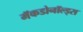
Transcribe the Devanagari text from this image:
मॅकडोनॉल्ड्स